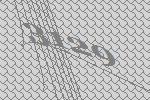
3129